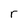
Character: r